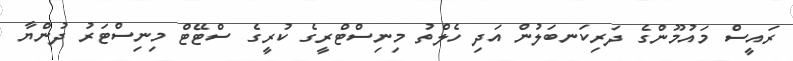
ރައީސް މައުމޫންގެ ދަރިކަނބަލުން އަދި ހެލްތު މިނިސްޓްރީގެ ކުރީގެ ސްޓޭޓް މިނިސްޓަރު ދުންޔާ